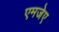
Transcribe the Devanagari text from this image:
एमजेए